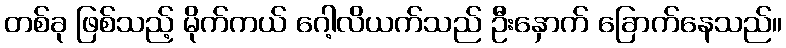
တစ်ခု ဖြစ်သည့် မိုက်ကယ် ဂေါ့လိယက်သည် ဦးနှောက် ခြောက်နေသည်။